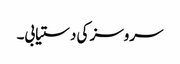
سروسز کی دستیابی۔